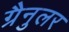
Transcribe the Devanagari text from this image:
ग्रैनुलर